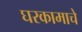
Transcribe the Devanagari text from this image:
घरकामाचे